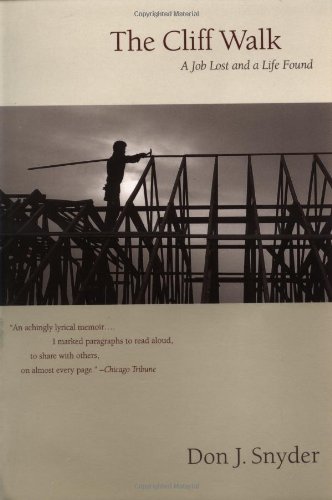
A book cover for The Cliff Walk: A Memoir of a Job Lost and a Life Found; Don J. Snyder; Business & Money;